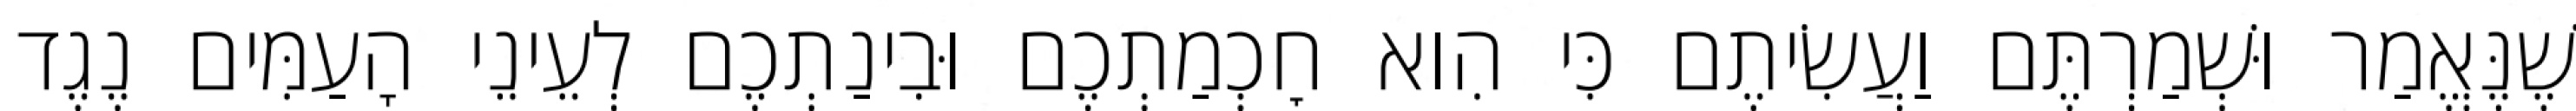
שֶׁנֶּאֱמַר וּשְׁמַרְתֶּם וַעֲשִׂיתֶם כִּי הִוא חׇכְמַתְכֶם וּבִינַתְכֶם לְעֵינֵי הָעַמִּים נֶגֶד